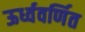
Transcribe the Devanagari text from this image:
ऊर्ध्ववर्णित